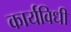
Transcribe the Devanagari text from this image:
कार्यविधी